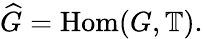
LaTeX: {\widehat{G}}={\mathrm{Hom}}(G,\mathbb{T}).